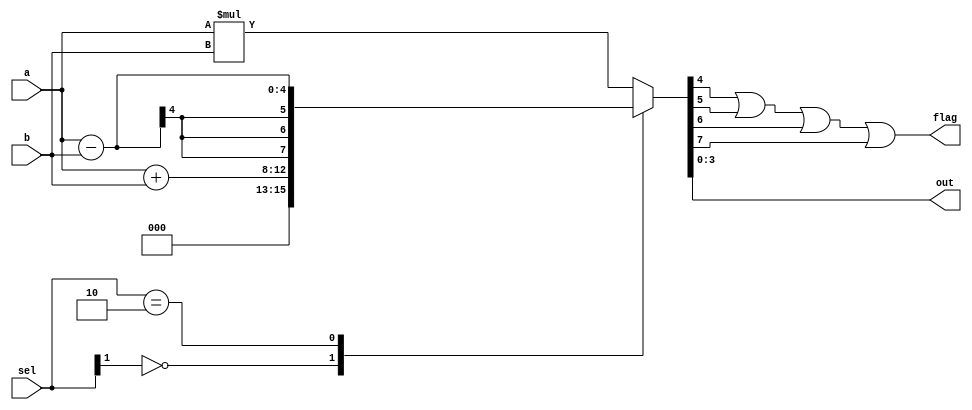
module ALU(
		input [3:0] a,b,
		input [1:0] sel,
		output [3:0] out,
		output flag
);
		reg [7:0] y;
		assign out = y[3:0];
		assign flag = y[4] | y[5] | y[6] | y[7];
		always @(a,b,sel)
		begin
			casex (sel)
				2'b0?: y = a+b;
				2'b10: y = a-b;	
				default: y = a*b;
			endcase
		end
endmodule